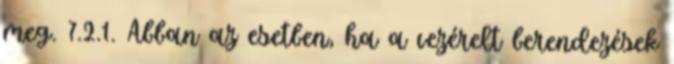
meg. 7.2.1. Abban az esetben, ha a vezérelt berendezések